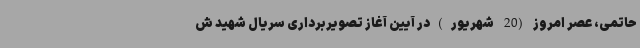
حاتمی، عصر امروز (20 شهریور)در آیین آغاز تصویربرداری سریال شهید ش